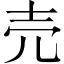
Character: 売